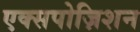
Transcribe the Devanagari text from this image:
एक्सपोज़िशन